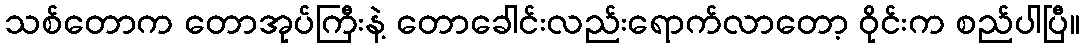
သစ်တောက တောအုပ်ကြီးနဲ့ တောခေါင်းလည်းရောက်လာတော့ ဝိုင်းက စည်ပါပြီ။